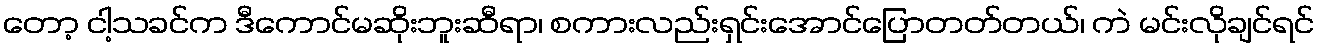
တော့ ငါ့သခင်က ဒီကောင်မဆိုးဘူးဆီရာ၊ စကားလည်းရှင်းအောင်ပြောတတ်တယ်၊ ကဲ မင်းလိုချင်ရင်